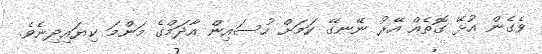
ވެގެން އުޅޭ ގޮތެއް އޭރު ނޭނގޭ ކަމަށް ހުސައިން އާދަމްގެ މަންމަ ކިޔައިދިނެވެ.